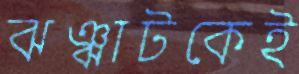
ঝঞ্ঝাটকেই